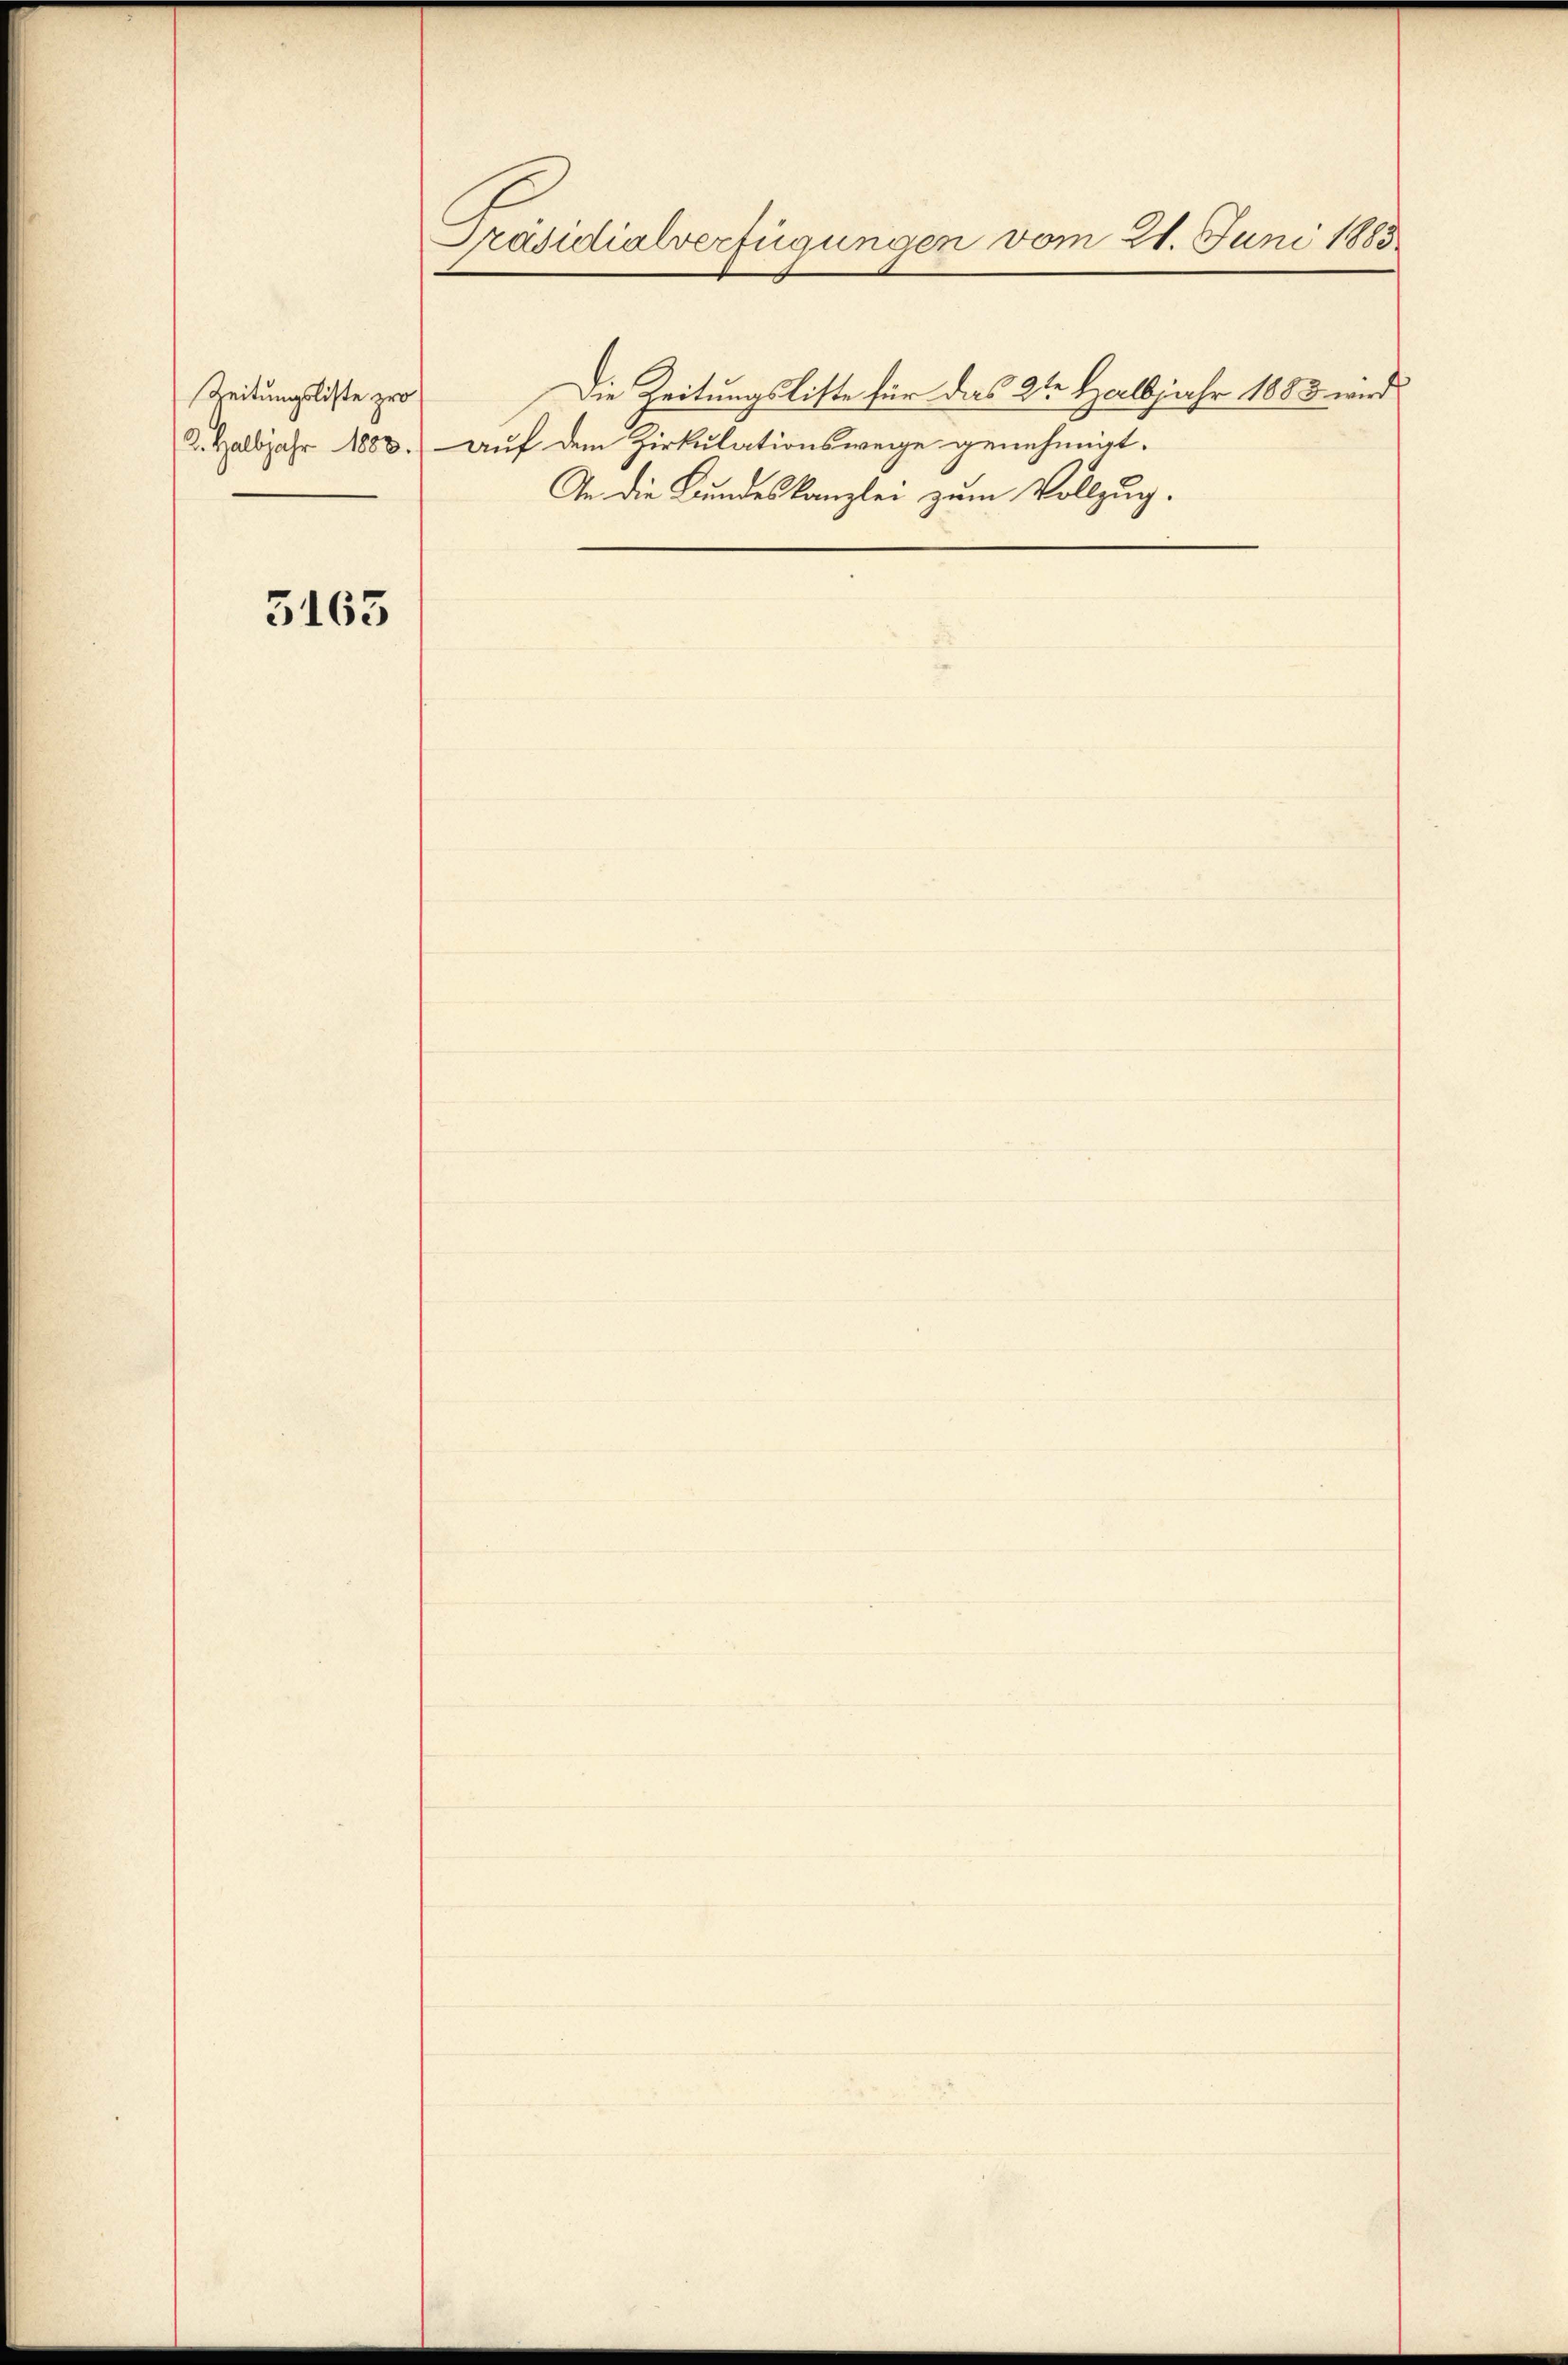
Zeitungsliste zwo

5163

Präsidialverfügungen vom 21. Juni 1883

2. Halbjahr 1883.) auf dem Zirkulationswege genehmigt.
An die Bundeskanzlei zum Vollzug.

Die Zeitungsliste für das 2ten Halbjahr 1883 wird